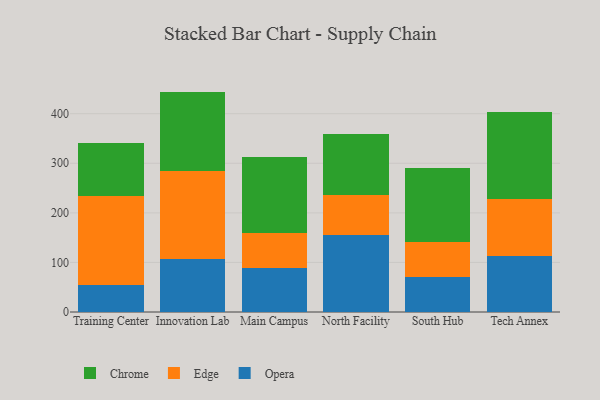
{"axis": {"x": "Campus", "y": "Backlog"}, "legend": ["Chrome", "Edge", "Opera"], "data": [{"x": "Training Center", "y": 55.0, "type": "Opera"}, {"x": "Training Center", "y": 179.2, "type": "Edge"}, {"x": "Training Center", "y": 107.7, "type": "Chrome"}, {"x": "Innovation Lab", "y": 107.2, "type": "Opera"}, {"x": "Innovation Lab", "y": 177.7, "type": "Edge"}, {"x": "Innovation Lab", "y": 159.7, "type": "Chrome"}, {"x": "Main Campus", "y": 88.8, "type": "Opera"}, {"x": "Main Campus", "y": 69.8, "type": "Edge"}, {"x": "Main Campus", "y": 153.4, "type": "Chrome"}, {"x": "North Facility", "y": 154.6, "type": "Opera"}, {"x": "North Facility", "y": 80.8, "type": "Edge"}, {"x": "North Facility", "y": 123.3, "type": "Chrome"}, {"x": "South Hub", "y": 70.4, "type": "Opera"}, {"x": "South Hub", "y": 71.8, "type": "Edge"}, {"x": "South Hub", "y": 148.9, "type": "Chrome"}, {"x": "Tech Annex", "y": 113.6, "type": "Opera"}, {"x": "Tech Annex", "y": 114.3, "type": "Edge"}, {"x": "Tech Annex", "y": 175.4, "type": "Chrome"}]}